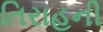
તિરાહની